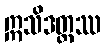
ဣသိဒတ္တဿ